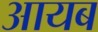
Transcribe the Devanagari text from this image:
आयब